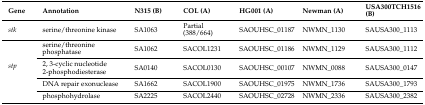
<table><thead><tr><td><b>Gene</b></td><td><b>Annotation</b></td><td><b>N315 (B)</b></td><td><b>COL (A)</b></td><td><b>HG001 (A)</b></td><td><b>Newman (A)</b></td><td><b>USA300TCH1516 (B)</b></td></tr></thead><tbody><tr><td><i>stk</i></td><td>serine/threonine kinase</td><td>SA1063</td><td>Partial (388/664)</td><td>SAOUHSC_01187</td><td>NWMN_1130</td><td>SAUSA300_1113</td></tr><tr><td rowspan="4"><i>stp</i></td><td>serine/threonine phosphatase</td><td>SA1062</td><td>SACOL1231</td><td>SAOUHSC_01186</td><td>NWMN_1129</td><td>SAUSA300_1112</td></tr><tr><td>2, 3-cyclic nucleotide 2-phosphodiesterase</td><td>SA0140</td><td>SACOL0130</td><td>SAOUHSC_00107</td><td>NWMN_0088</td><td>SAUSA300_0147</td></tr><tr><td>DNA repair exonuclease</td><td>SA1662</td><td>SACOL1900</td><td>SAOUHSC_01975</td><td>NWMN_1736</td><td>SAUSA300_1793</td></tr><tr><td>phosphohydrolase</td><td>SA2225</td><td>SACOL2440</td><td>SAOUHSC_02728</td><td>NWMN_2336</td><td>SAUSA300_2382</td></tr></tbody></table>